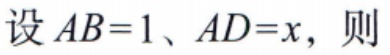
设 \(AB = 1、AD = x\)，则